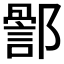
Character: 𮠊